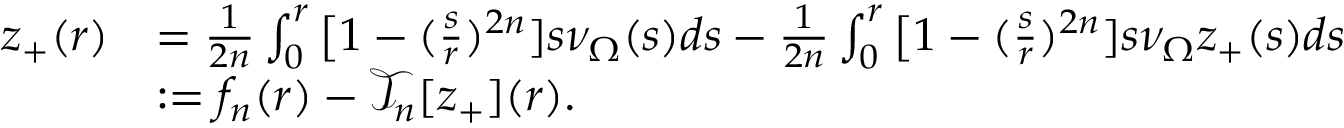
\begin{array} { r l } { z _ { + } ( r ) } & { = \frac { 1 } { 2 n } \int _ { 0 } ^ { r } \big [ 1 - ( \frac { s } { r } ) ^ { 2 n } ] s \nu _ { \Omega } ( s ) d s - \frac { 1 } { 2 n } \int _ { 0 } ^ { r } \big [ 1 - ( \frac { s } { r } ) ^ { 2 n } ] s \nu _ { \Omega } z _ { + } ( s ) d s } \\ & { : = f _ { n } ( r ) - \mathcal { T } _ { n } [ z _ { + } ] ( r ) . } \end{array}